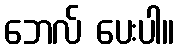
ဘေလ် ပေးပါ။